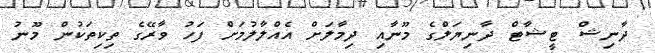
ދާނިޝް ޓީޝާޓް ދާނިޔަލްގެ މޫނާއި ދިމާލަށް އެއްލާލުމަށް ފަހު ވާރޭގެ ތިކިތަކުން މޫނު